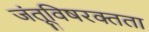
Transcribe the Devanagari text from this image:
जंतूविषरक्तता